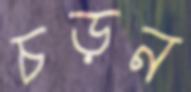
চড়ন